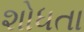
શોધતા